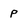
Character: p